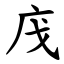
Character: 㡲